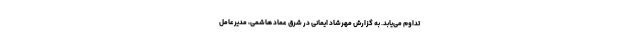
تداوم می‌یابد. به گزارش مهرشاد ایمانی در شرق عماد هاشمی، مدیرعامل